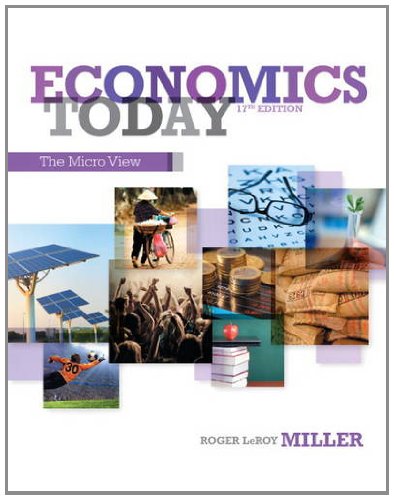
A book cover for Economics Today: The Micro View (17th Edition); Roger LeRoy Miller; Business & Money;